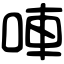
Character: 唓